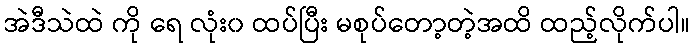
အဲဒီသဲထဲ ကို ရေ လုံး၀ ထပ်ပြီး မစုပ်တော့တဲ့အထိ ထည့်လိုက်ပါ။